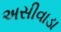
અસીવાડા